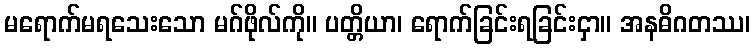
မရောက်မရသေးသော မဂ်ဖိုလ်ကို။ ပတ္တိယာ၊ ရောက်ခြင်းရခြင်းငှာ။ အနဓိဂတဿ၊